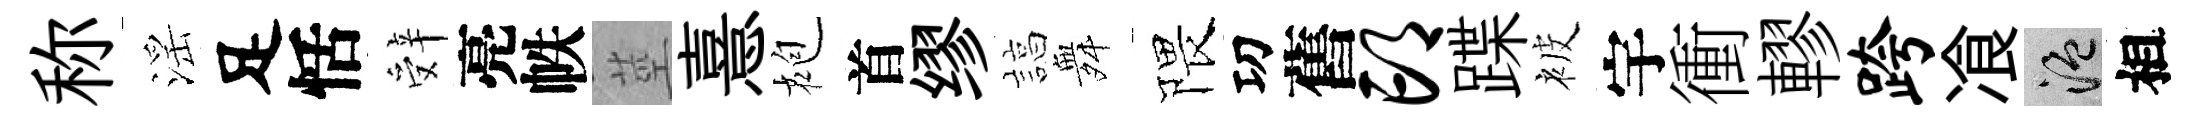
称滛足恬辤亮帙莖憙袍首缪諄舞隈㓛舊邙蹀被宇衝轇跨飡温相